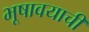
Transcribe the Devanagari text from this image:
भूषावयाची